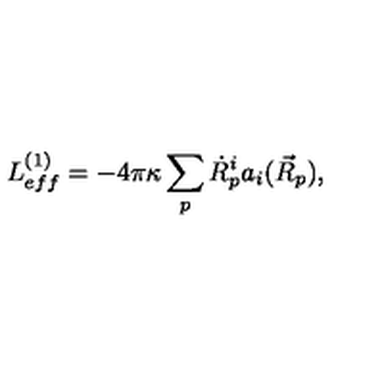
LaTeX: L _ { e f f } ^ { ( 1 ) } = - 4 \pi \kappa \sum _ { p } \dot { R } _ { p } ^ { i } a _ { i } ( \vec { R } _ { p } ) ,